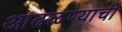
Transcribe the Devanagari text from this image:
आढळण्याची